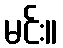
မင်း။